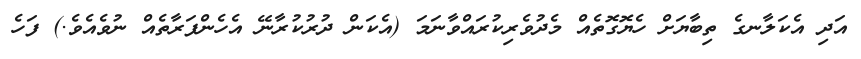
އަދި އެކަލާނގެ ތިބާޔަށް ހެޔޮގޮތެއް މެދުވެރިކުރައްވާނަމަ (އެކަން ދުރުކުރާނޭ އެހެންފަރާތެއް ނުވެއެވެ.) ފަހެ